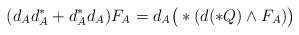
\begin{align*}(d_{A}d_{A}^{\ast}+d_{A}^{\ast}d_{A})F_{A}=d_{A}\big{(}\ast(d(\ast Q)\wedge F_{A})\big{)}\end{align*}